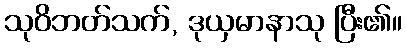
သုဝိဘတ်သက်, ဒုယှမာနာသု ပြီး၏။